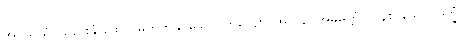
အပသယှံ၊ သည်းခံခြင်းငှာ မတတ်နိုင်သော။ ဘိယျော၊ အလွန်။ အဓိမတ္တံ၊ လွန်စွာသော။ ဒုက္ခံ၊